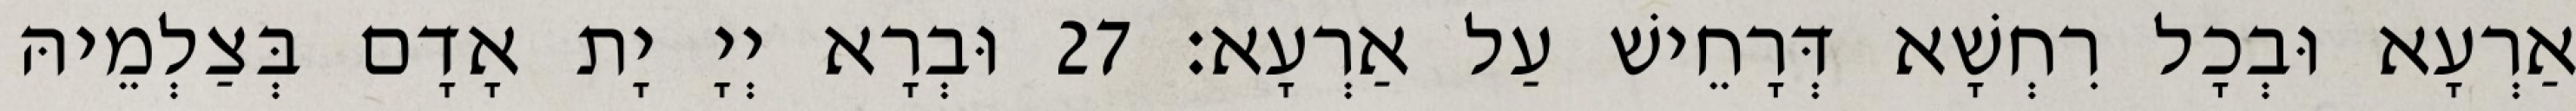
אַרְעָא וּבְכָל רִחְשָׁא דְּרָחֵישׁ עַל אַרְעָא׃ 27 וּבְרָא יְיָ יָת אָדָם בְּצַלְמֵיהּ